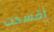
أفسدت